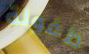
طفولة